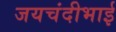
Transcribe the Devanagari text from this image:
जयचंदीभाई